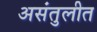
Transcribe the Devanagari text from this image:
असंतुलीत